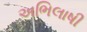
અભિલાષી